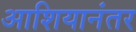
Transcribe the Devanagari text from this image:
आशियानंतर